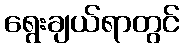
ရွေးချယ်ရာတွင်